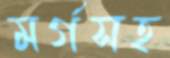
মর্গসহ